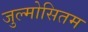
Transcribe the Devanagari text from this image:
जुल्मोसितम